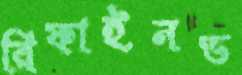
রিফাইনড